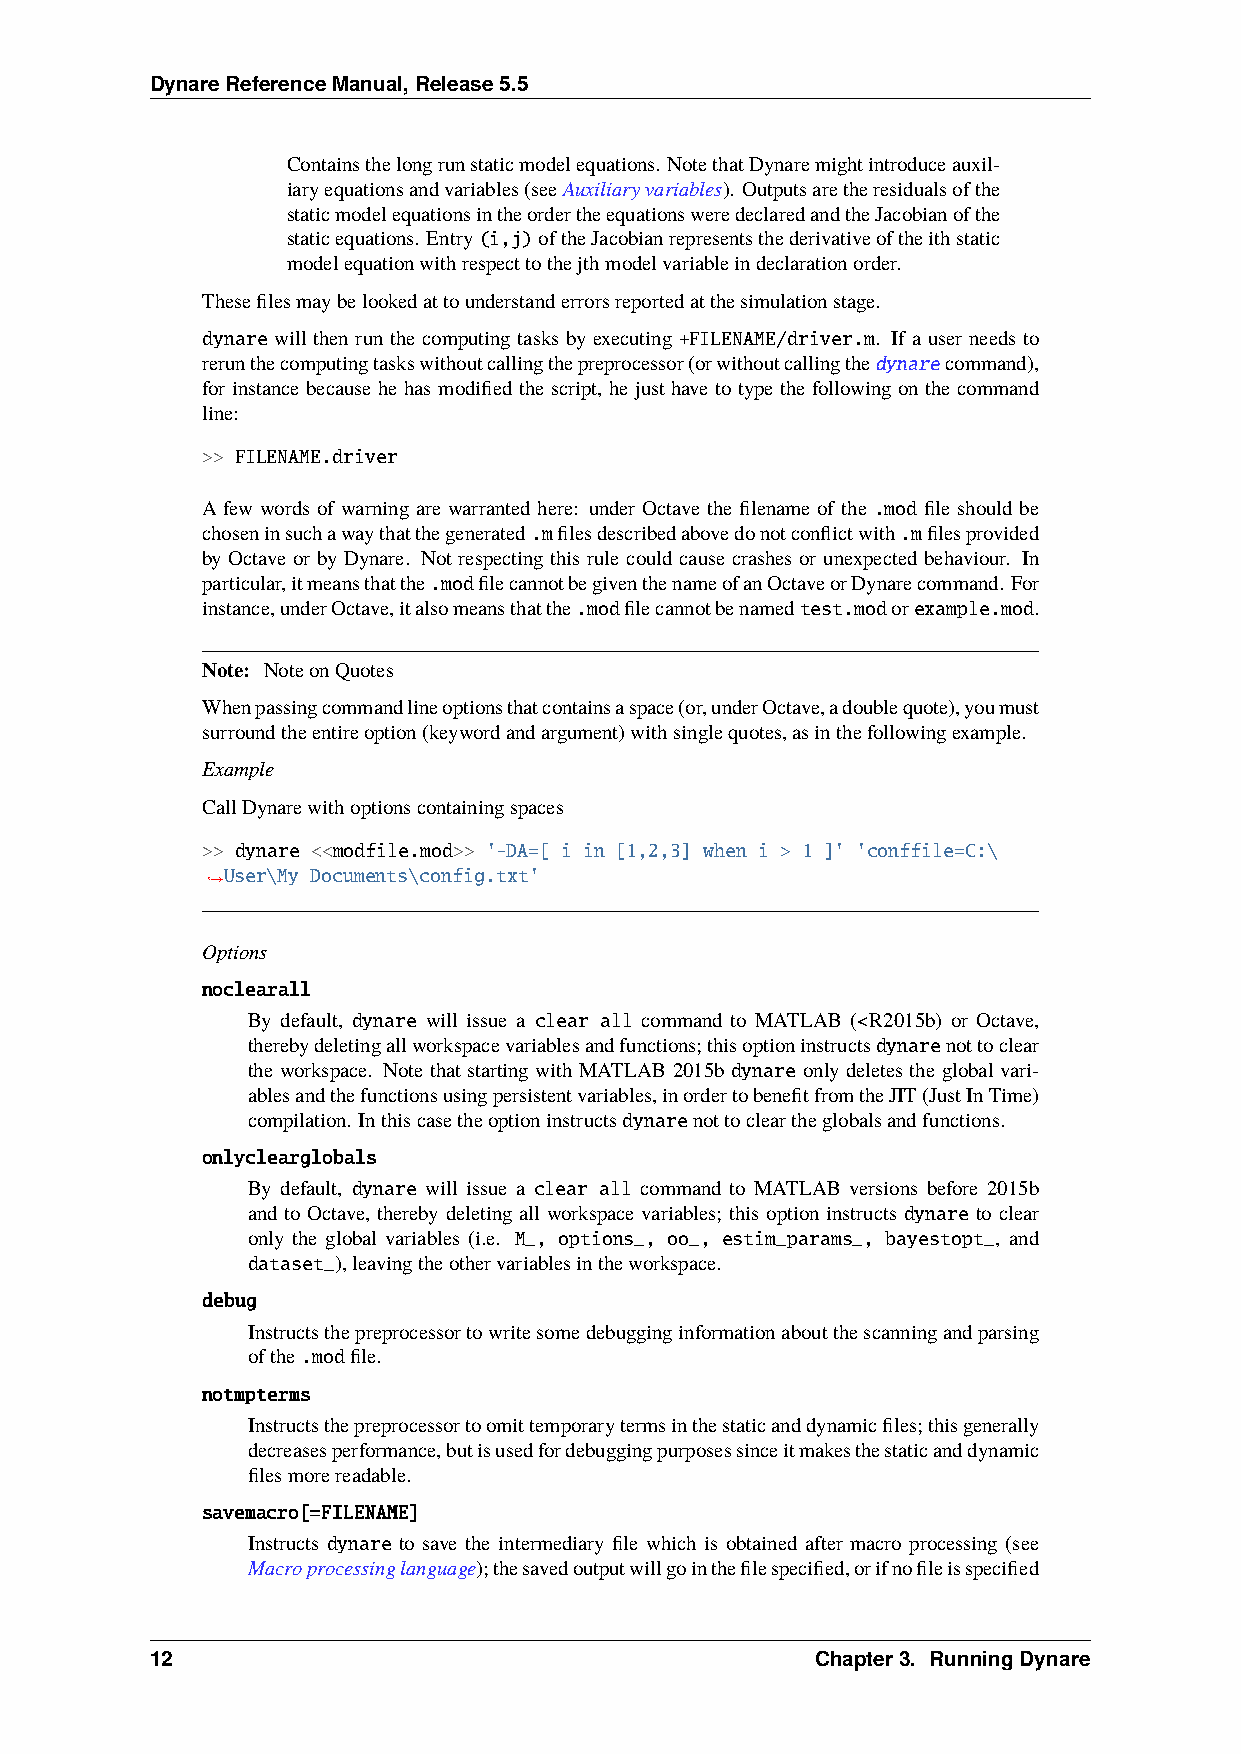
DynareReferenceManual,Release5.5
 Containsthelongrunstaticmodelequations. NotethatDynaremightintroduceauxil-
 iaryequationsandvariables(seeAuxiliaryvariables). Outputsaretheresidualsofthe
 staticmodelequationsintheordertheequationsweredeclaredandtheJacobianofthe
 staticequations. Entry(i,j)oftheJacobianrepresentsthederivativeoftheithstatic
 modelequationwithrespecttothejthmodelvariableindeclarationorder.
 Thesefilesmaybelookedattounderstanderrorsreportedatthesimulationstage.
 dynare will then run the computing tasks by executing +FILENAME/driver.m. If a user needs to
 rerunthecomputingtaskswithoutcallingthepreprocessor(orwithoutcallingthedynarecommand),
 for instance because he has modified the script, he just have to type the following on the command
 line:
 >> FILENAME.driver
 A few words of warning are warranted here: under Octave the filename of the .mod file should be
 choseninsuchawaythatthegenerated.mfilesdescribedabovedonotconflictwith.mfilesprovided
 by Octave or by Dynare. Not respecting this rule could cause crashes or unexpected behaviour. In
 particular,itmeansthatthe.modfilecannotbegiventhenameofanOctaveorDynarecommand. For
 instance,underOctave,italsomeansthatthe.modfilecannotbenamedtest.modorexample.mod.
 Note: NoteonQuotes
 Whenpassingcommandlineoptionsthatcontainsaspace(or,underOctave,adoublequote),youmust
 surroundtheentireoption(keywordandargument)withsinglequotes,asinthefollowingexample.
 Example
 CallDynarewithoptionscontainingspaces
 >> dynare <<modfile.mod>> '-DA=[ i in [1,2,3] when i > 1 ]' 'conffile=C:\
 User\My Documents\config.txt'
 ˓→
 Options
 noclearall
 By default, dynare will issue a clear all command to MATLAB (<R2015b) or Octave,
 therebydeletingallworkspacevariablesandfunctions;thisoptioninstructsdynarenottoclear
 the workspace. Note that starting with MATLAB 2015b dynare only deletes the global vari-
 ablesandthefunctionsusingpersistentvariables,inordertobenefitfromtheJIT(JustInTime)
 compilation. Inthiscasetheoptioninstructsdynarenottocleartheglobalsandfunctions.
 onlyclearglobals
 By default, dynare will issue a clear all command to MATLAB versions before 2015b
 and to Octave, thereby deleting all workspace variables; this option instructs dynare to clear
 only the global variables (i.e. M_, options_, oo_, estim_params_, bayestopt_, and
 dataset_),leavingtheothervariablesintheworkspace.
 debug
 Instructsthepreprocessortowritesomedebugginginformationaboutthescanningandparsing
 ofthe.modfile.
 notmpterms
 Instructsthepreprocessortoomittemporarytermsinthestaticanddynamicfiles;thisgenerally
 decreasesperformance,butisusedfordebuggingpurposessinceitmakesthestaticanddynamic
 filesmorereadable.
 savemacro[=FILENAME]
 Instructs dynare to save the intermediary file which is obtained after macro processing (see
 Macroprocessinglanguage);thesavedoutputwillgointhefilespecified,orifnofileisspecified
 12                                          Chapter3. RunningDynare